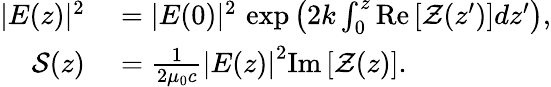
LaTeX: \begin{array}{rl}{|E(z)|^{2}}&{{}=|E(0)|^{2}\, \exp\left(2k\int_{0}^{z}\mathrm{Re}\left[\mathcal{Z}(z^{\prime})\right]dz^{\prime}\right),}\\ {\mathcal{S}(z)}&{{}=\frac{1}{2\mu_{0}c}\left|E(z)\right|^{2}\mathrm{Im}\left[\mathcal{Z}(z)\right].}\end{array}